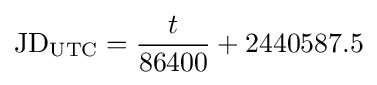
\mathrm {JD} _{\mathrm {UTC} }={\frac {t}{86400}}+2440587.5